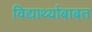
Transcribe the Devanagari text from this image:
विद्यार्थ्याबाबत